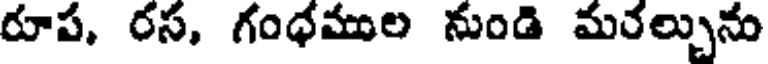
రూప, రస, గంధముల నుండి మరల్చును